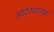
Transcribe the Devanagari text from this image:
आदेशवाहक